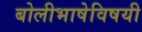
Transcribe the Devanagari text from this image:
बोलीभाषेविषयी